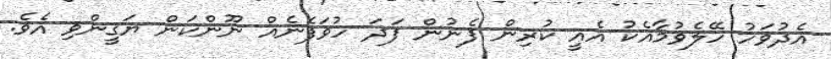
އެދުވަހު ހޭލެވުމާއެކު އެއީ ކުރިން ފެނުން ފަދަ ހުވަފެނެއް ނޫންކަން ޔަގީންވި އެވެ.